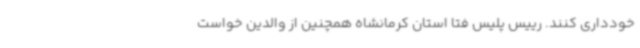
خودداری کنند. رییس پلیس فتا استان کرمانشاه همچنین از والدین خواست